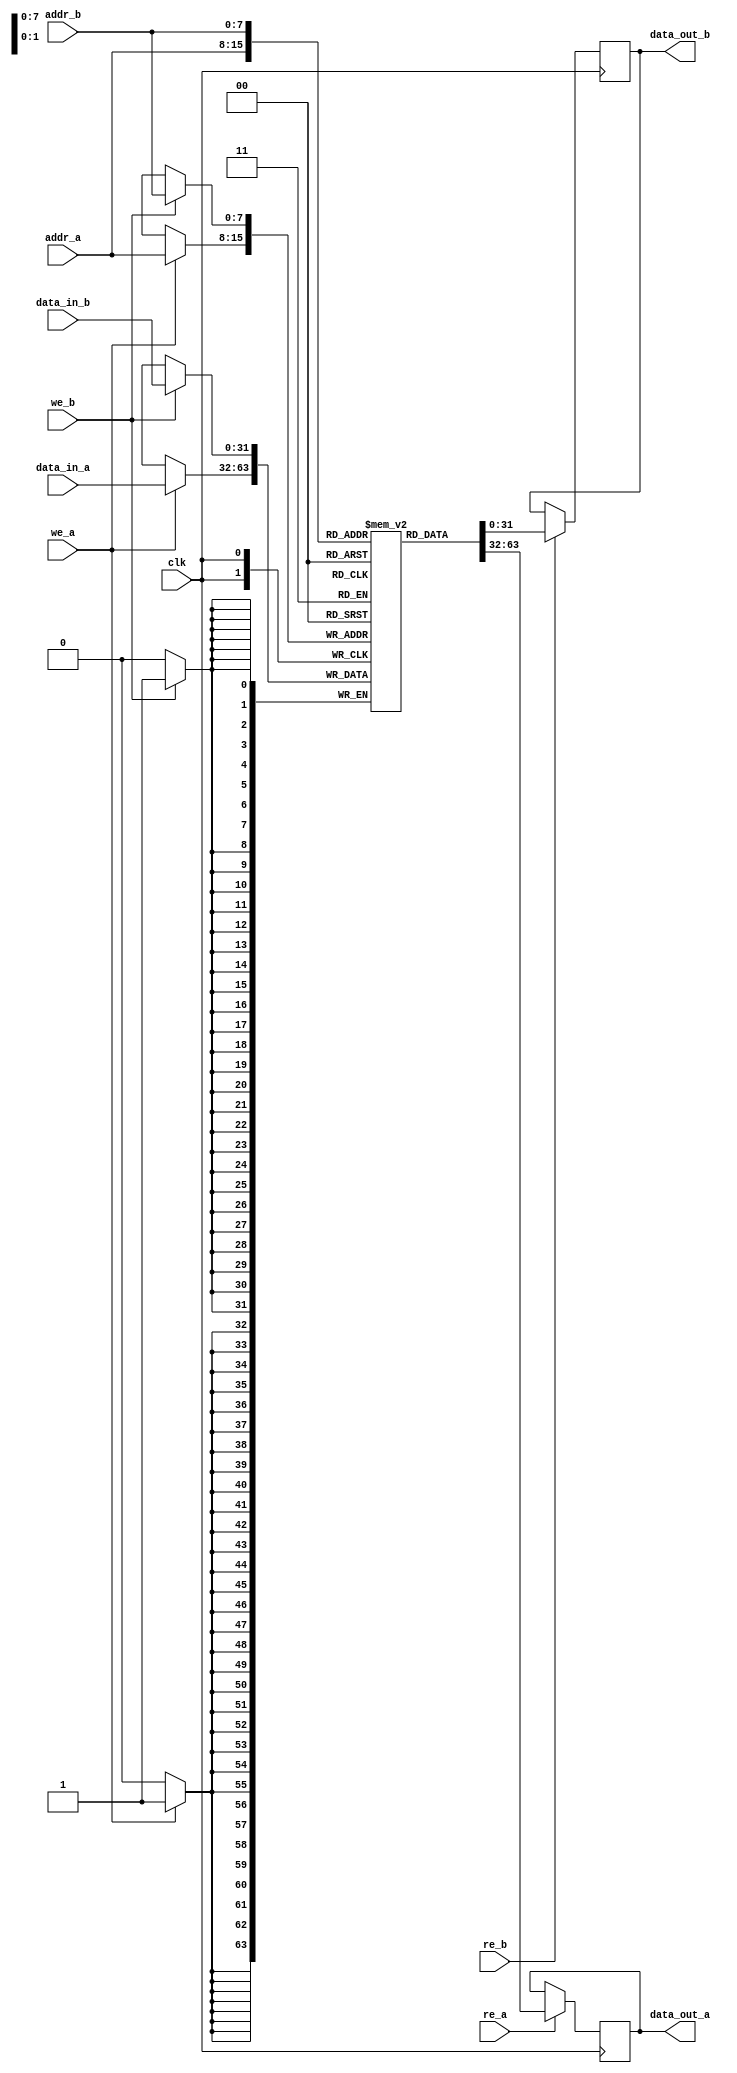
module dual_port_scratchpad_memory #(
    parameter DEPTH = 256,  // Configurable memory depth
    parameter WIDTH = 32    // Configurable memory width
)(
    input wire clk,                      // Clock signal (for synchronous operation)
    input wire we_a,                     // Write enable for Port A
    input wire re_a,                     // Read enable for Port A
    input wire [WIDTH-1:0] data_in_a,   // Data input for Port A
    input wire [$clog2(DEPTH)-1:0] addr_a, // Address input for Port A
    output reg [WIDTH-1:0] data_out_a,  // Data output for Port A

    input wire we_b,                     // Write enable for Port B
    input wire re_b,                     // Read enable for Port B
    input wire [WIDTH-1:0] data_in_b,   // Data input for Port B
    input wire [$clog2(DEPTH)-1:0] addr_b, // Address input for Port B
    output reg [WIDTH-1:0] data_out_b   // Data output for Port B
);

    // Memory array declaration
    reg [WIDTH-1:0] memory [0:DEPTH-1];

    // Port A operations
    always @(posedge clk) begin
        // Write operation for Port A
        if (we_a) begin
            memory[addr_a] <= data_in_a;
        end
        // Read operation for Port A
        if (re_a) begin
            data_out_a <= memory[addr_a];
        end
    end

    // Port B operations
    always @(posedge clk) begin
        // Write operation for Port B
        if (we_b) begin
            memory[addr_b] <= data_in_b;
        end
        // Read operation for Port B
        if (re_b) begin
            data_out_b <= memory[addr_b];
        end
    end

endmodule